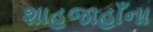
શાહજાહાઁના